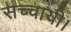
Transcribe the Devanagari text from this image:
सच्चायी।